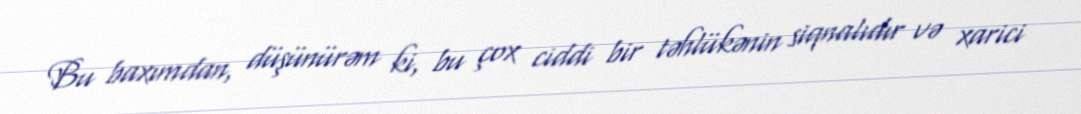
Bu baxımdan, düşünürəm ki, bu çox ciddi bir təhlükənin siqnalıdır və xarici